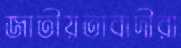
জাতীয়তাবাদীরা